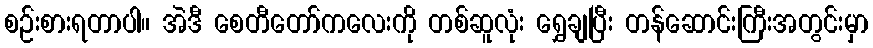
စဉ်းစားရတာပါ။ အဲဒီ စေတီတော်ကလေးကို တစ်ဆူလုံး ရွှေချပြီး တန်ဆောင်းကြီးအတွင်းမှာ